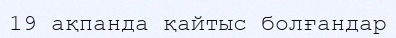
19 ақпанда қайтыс болғандар